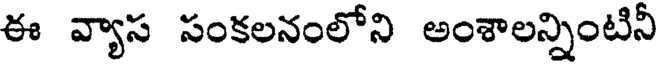
ఈ వ్యాస సంకలనంలోని అంశాలన్నింటినీ